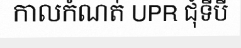
កាលកំណត់ UPR ជុំទីបី